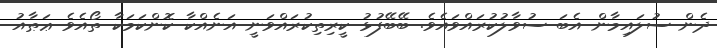
ދެން ސުލައިމާން އެބަ ސުވާލުކުރައްވައެވެ. ބޭބޭފުޅު ކީރިތިކުރައްވަނީ އަނެއްކާ ކޮންކަމަކާ ތޯއެވެ ޢަޠާއު